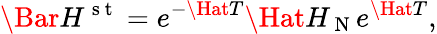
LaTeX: \Bar{H}^{\mathrm{~s~t~}}=e^{-\Hat{T}}\Hat{H}_{\mathrm{~N~}}e^{\Hat{T}},